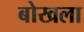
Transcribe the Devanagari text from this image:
बोखला